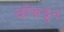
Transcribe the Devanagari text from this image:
खाँकडून